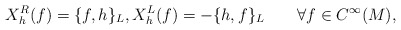
\begin{align*}X_h^R(f)=\{f,h\}_{L},X_h^L(f)=-\{h,f\}_{L}\qquad\forall f\in C^{\infty}(M),\end{align*}